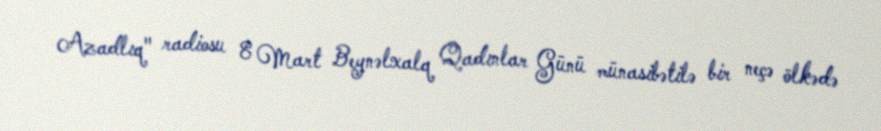
Azadlıq" radiosu 8 Mart Beynəlxalq Qadınlar Günü münasibətilə bir neçə ölkədə